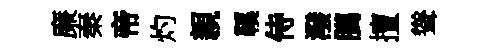
廉秦帝灼親鞵侍潑臈擅聳